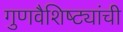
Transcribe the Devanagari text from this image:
गुणवैशिष्ट्यांची